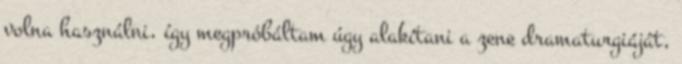
volna használni, így megpróbáltam úgy alakítani a zene dramaturgiáját,